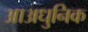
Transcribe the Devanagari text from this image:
आअधुनिक